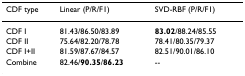
<table><thead><tr><td><b>CDF type</b></td><td><b>Linear (P/R/F1)</b></td><td><b>SVD-RBF (P/R/F1)</b></td></tr></thead><tbody><tr><td>CDF I</td><td>81.43/86.50/83.89</td><td><b>83.02</b>/88.24/85.55</td></tr><tr><td>CDF II</td><td>75.64/82.20/78.78</td><td>78.41/80.35/79.37</td></tr><tr><td>CDF I+II</td><td>81.59/87.67/84.57</td><td>82.51/90.01/86.10</td></tr><tr><td>Combine</td><td>82.46/<b>90.35</b>/<b>86.23</b></td><td>--</td></tr></tbody></table>